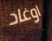
اوغاد